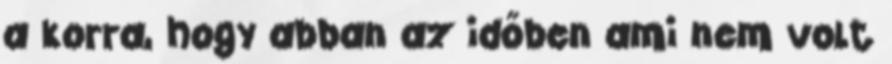
a korra, hogy abban az időben ami nem volt